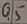
Text: Q5